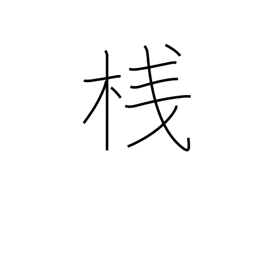
Meaning: cleat